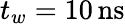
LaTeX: t_{w}=10\, \mathrm{ns}